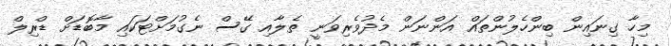
މިހާ ގިނައިން ބިންހެލުންތައް އަންނަން މެދުވެރިވަނީ ތެލާއި ގޭސް ނެގުމަށްޓަކައި މާބޮޑަށް ޑްރިލް